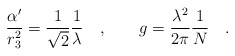
\begin{align*}{\frac{\alpha^\prime}{r_3^2}} ={\frac{1}{\sqrt{2}}}{\frac{1}{\lambda}}\quad ,\qquad g = {\frac{\lambda^2}{2\pi}} {\frac{1}{N}} \quad .\end{align*}